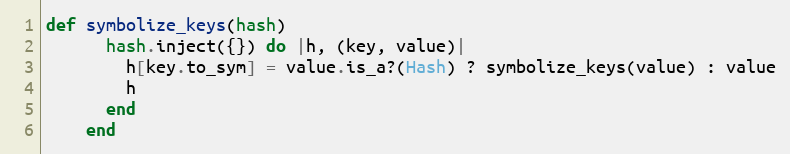
Language: Ruby
def symbolize_keys(hash)
      hash.inject({}) do |h, (key, value)|
        h[key.to_sym] = value.is_a?(Hash) ? symbolize_keys(value) : value
        h
      end
    end